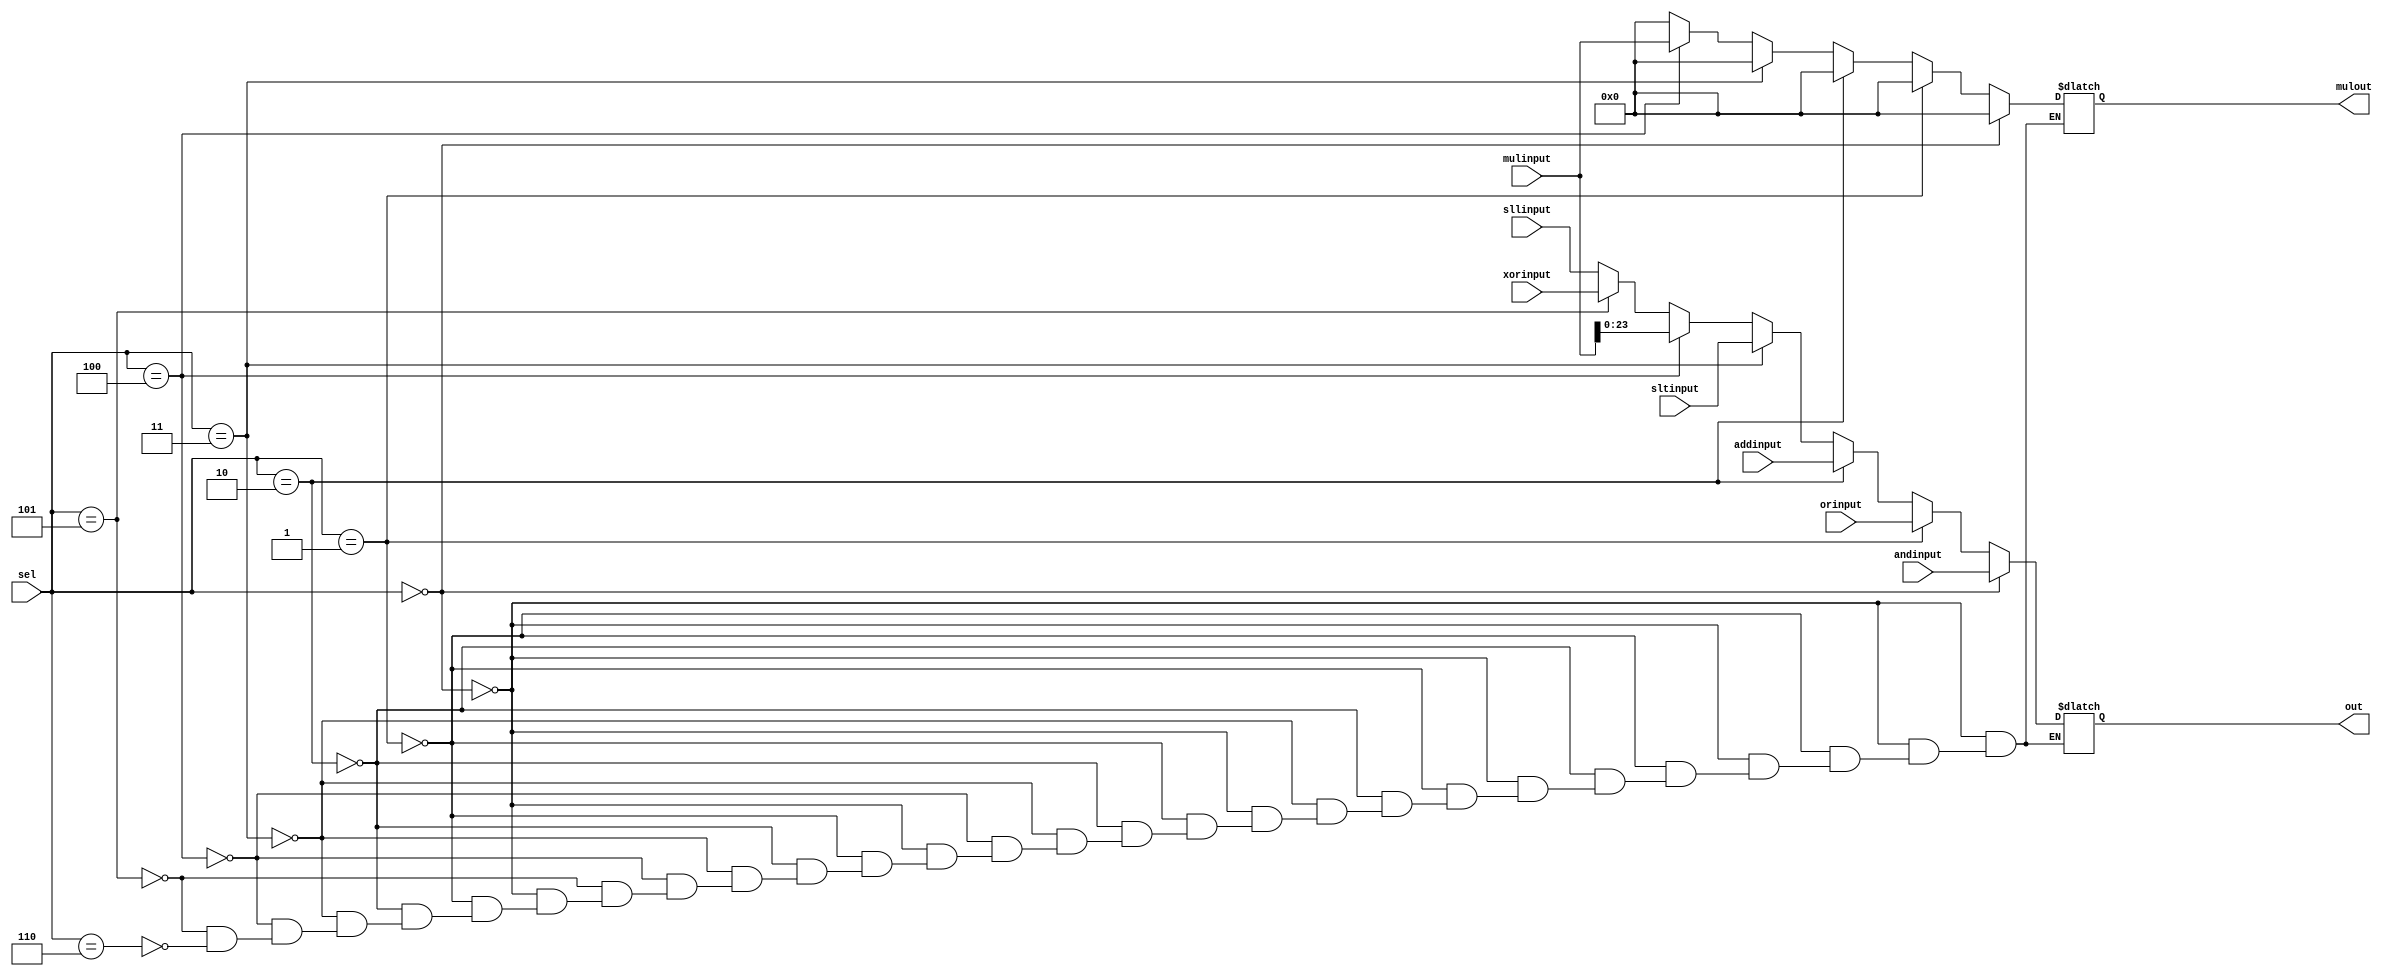
`timescale 1ns / 1ps
//////////////////////////////////////////////////////////////////////////////////
// Company: 
// Engineer: 
// 
// Design Name: 
// Module Name: mux8n1_24bit
// Project Name: 
// Target Devices: 
// Tool Versions: 
// Description: 
// 
// Dependencies: 
// 
// Revision:
// Revision 0.01 - File Created
// Additional Comments:
// 
//////////////////////////////////////////////////////////////////////////////////


module mux8n2_24bit(
       input [23:0] andinput,
       input [23:0] orinput,
       input [23:0] addinput,
       input [23:0] sltinput,
       input [47:0] mulinput,
       input [23:0] xorinput,
       input [23:0] sllinput,
       input [2:0] sel,
  		 output reg [23:0] out,
       output reg [47:0] mulout

    );
	  always @* begin
        if (sel == 3'b000) begin out = andinput; mulout = 24'b0; end
        else if (sel == 3'b001) begin out = orinput; mulout = 24'b0; end
        else if (sel == 3'b010) begin out = addinput; mulout =24'b0; end
        else if (sel == 3'b011) begin out = sltinput; mulout =24'b0; end
        else if (sel == 3'b100) begin out = mulinput; mulout = mulinput; end
        else if (sel == 3'b101) begin out = xorinput; mulout =24'b0; end
        else if (sel == 3'b110) begin out = sllinput; mulout =24'b0; end
  end

   // always @* begin
   // case(sel)
     //   3'b000: out = andinput; mulout = 24'b0;
       // 3'b001: out = orinput; mulout = 24'b0;
      //  3'b010: out = addinput; mulout =24'b0;
      //  3'b011: out = sltinput; mulout =24'b0;
      //  3'b100: out = mulinput; mulout =mulinput;
      //  3'b101: out = xorinput; mulout =24'b0;
      //  3'b110: out = sllinput; mulout =24'b0;
    //endcase
    //end
  
  
    
  // assign out = sel[2] ? ((sel[1] ? (sel[0] ?   eight : seven ):(sel[0] ? six   : xorinput))):((sel[1] ? (sel[0] ? lessinput : addinput ):(sel[0] ? orinput : andinput)));
endmodule